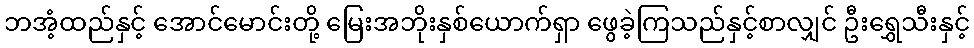
ဘအံ့ထည်နှင့် အောင်မောင်းတို့ မြေးအဘိုးနှစ်ယောက်ရှာ ဖွေခဲ့ကြသည်နှင့်စာလျှင် ဦးရွှေသီးနှင့်